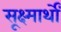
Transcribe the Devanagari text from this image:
सूक्ष्मार्थों